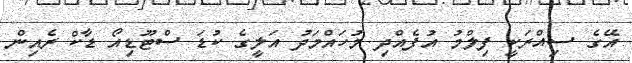
އޭގެ ސިއްރަކީ ފިލްމު އުފެއްދި މުހައްމަދު އަލީގެ ކުޑަ ސްޓޫޑިއޯ ޑާކް ރެއިން